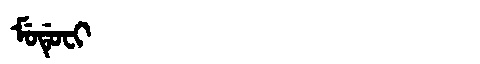
Manchu: ᠮᡠᡩᡠᠸᡳ
Romanization: MUDUFI